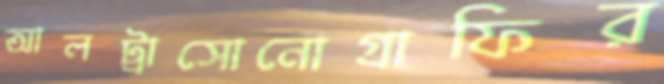
আলট্রাসোনোগ্রাফির